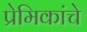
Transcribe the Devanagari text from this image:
प्रेमिकांचे